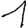
Digit: 1